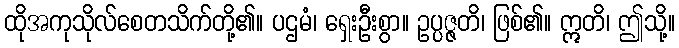
ထိုအကုသိုလ်စေတသိက်တို့၏။ ပဌမံ၊ ရှေးဦးစွာ။ ဥပ္ပဇ္ဇတိ၊ ဖြစ်၏။ ဣတိ၊ ဤသို့။